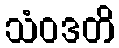
သံဝဒတိ